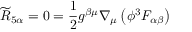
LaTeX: { \widetilde { R } } _ { 5 \alpha } = 0 = { \frac { 1 } { 2 } } g ^ { \beta \mu } \nabla _ { \mu } \left( \phi ^ { 3 } F _ { \alpha \beta } \right)